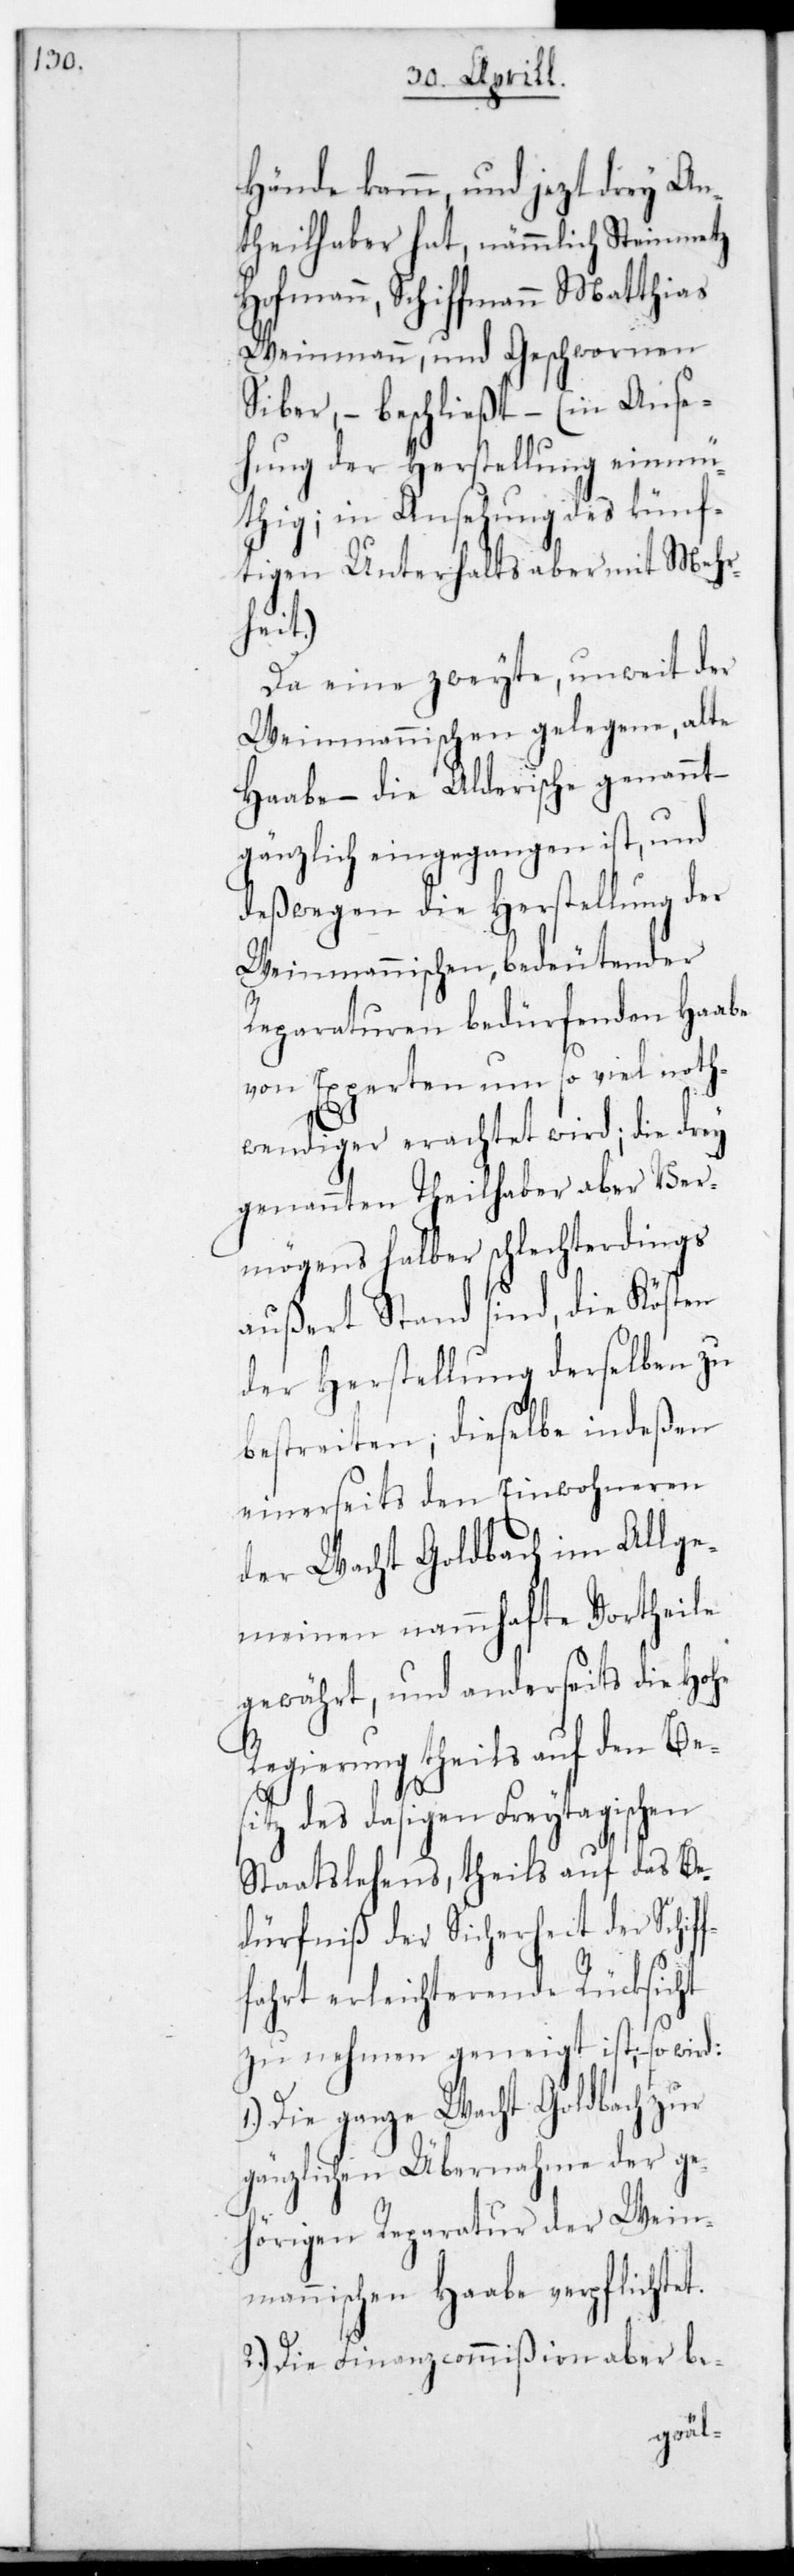
Hände kam, und jetzt drey An¬
theilhaber hat, nämmlich Steinmetz
Hofmann, Schiffmann Matthias
Weinmann und Geschwornen
Siber, – beschließt, (in Anse¬
hung der Herstellung einmü¬
thig, in Ansehung des künf¬
tigen Unterhalts aber mit Mehr¬
f¬
Da eine zweyte, unweit der
Weinmannischen gelegene alte
Haabe, – die Alderische genannt,
gänzlich eingegangen ist, und
deßwegen die Herstellung der
Weinmannischen bedeutender
Reparaturen bedürfenden Haabe
von Experten um so viel noth¬
wendiger erachtet wird; die drey
genannten Theilhaber aber Ver¬
mögens halber schlechterdings
außert Stand sind, die Kösten
der Herstellung derselben zu
bestreiten, dieselbe indeßen
einerseits den Einwohneren
der Wacht Goldbach im Allge¬
meinen namhafte Vortheile
gewährt, und anderseits die Hohe
Regierung theils auf den Be¬
sitz des dasigen Freitagischen
Staatslehens, theils auf das Be¬
dürfniß der Sicherheit der Schif¬
fahrt erleichternde Rücksicht
zu nehmen geneigt ist, so wird
Die ganze Wacht Goldbach zur
gänzlichen Übernahme der ge¬
hörigen Reparatur der Wein¬
mannischen Haabe verpflichtet.
2.) Die Finanzcommißion aber be-